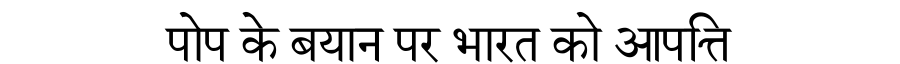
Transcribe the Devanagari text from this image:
पोप के बयान पर भारत को आपत्ति